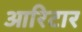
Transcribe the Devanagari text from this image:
आरिटार